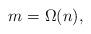
LaTeX: \begin{align*}m=\Omega(n),\end{align*}